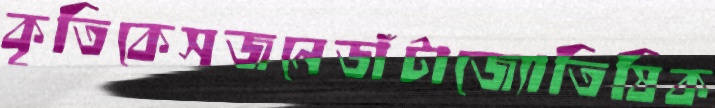
কৃতিকেসজনেডাঁটাজ্যোতিষিক